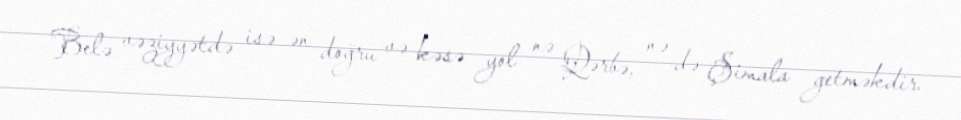
Belə vəziyyətdə isə ən doğru və kəsə yol nə Qərbə, nə də Şimala getməkdir.